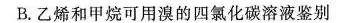
B.乙烯和甲烷可用溴的四氯化碳溶液鉴别